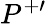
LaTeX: P^{+\prime}